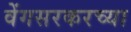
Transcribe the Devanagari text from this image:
वेंगसरकरच्या